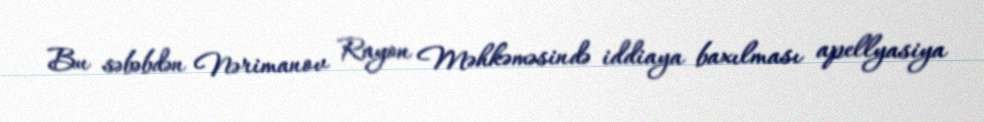
Bu səbəbdən Nərimanov Rayon Məhkəməsində iddiaya baxılması apellyasiya